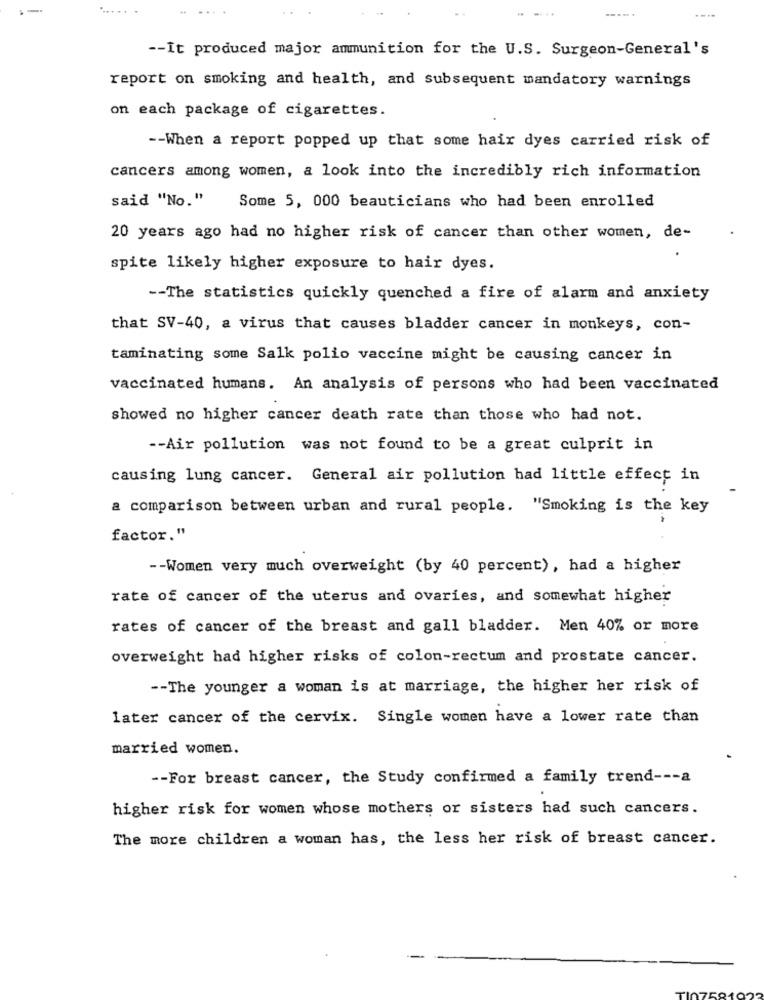
....
..
----..
-- It produced major ammunition for the U.S. Surgeon-General's
report on smoking and health, and subsequent mandatory warnings
on each package of cigarettes.
-- When a report popped up that some hair dyes carried risk of
cancers among women, a look into the incredibly rich information
said "No."
Some 5, 000 beauticians who had been enrolled
20 years ago had no higher risk of cancer than other women, de-
spite likely higher exposure to hair dyes.
-- The statistics quickly quenched a fire of alarm and anxiety
that SV-40, a virus that causes bladder cancer in monkeys, con-
taminating some Salk polio vaccine might be causing cancer in
vaccinated humans. An analysis of persons who had been vaccinated
showed no higher cancer death rate than those who had not.
-- Air pollution was not found to be a great culprit in
causing lung cancer. General air pollution had little effect in
a comparison between urban and rural people. "Smoking is the key
factor."
-- Women very much overweight (by 40 percent), had a higher
rate of cancer of the uterus and ovaries, and somewhat higher
rates of cancer of the breast and gall bladder. Men 40% or more
overweight had higher risks of colon-rectum and prostate cancer.
-- The younger a woman is at marriage, the higher her risk of
later cancer of the cervix. Single women have a lower rate than
married women.
-- For breast cancer, the Study confirmed a family trend --- a
higher risk for women whose mothers or sisters had such cancers.
The more children a woman has, the less her risk of breast cancer.